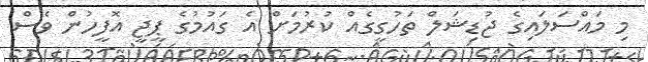
މި މައްސަލައިގެ ޖުޑިޝަލް ތަހުގީގެއް ކުރުމަށް އެ ގައުމުގެ ޕީޖީ އޮފީހުން ވެސް